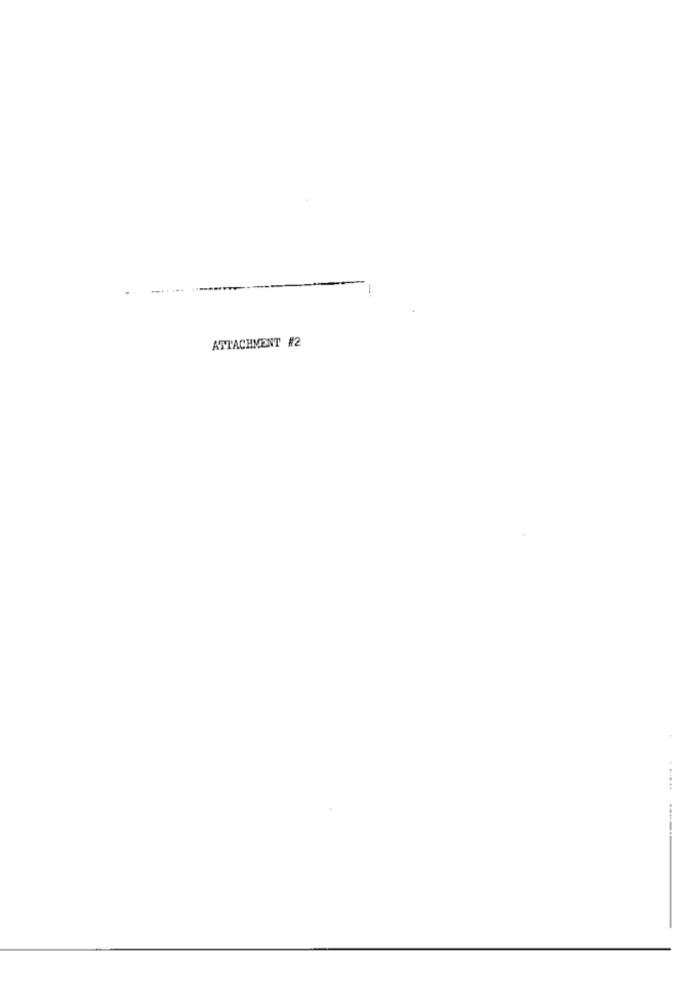
... ...
ATTACHMENT #2
-----